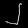
Digit: ၂